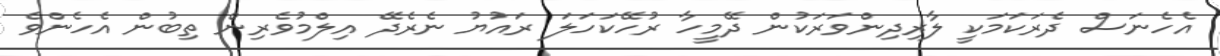
އެހެނަސް ދެރަކަމަކީ ލާރިދިންވަރަކުން ދޭމީހާ ރުހޭކަހަލަ ރައުޔު ނެރެދޭ އިލްމުވެރިން ތިބުން އެހެންވެ